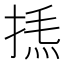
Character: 𢯁